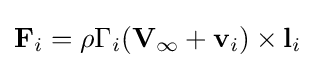
\mathbf {F} _{i}=\rho \Gamma _{i}(\mathbf {V} _{\infty }+\mathbf {v} _{i})\times \mathbf {l} _{i}